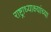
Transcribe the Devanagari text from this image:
राष्ट्राध्याक्ष्यांच्या